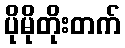
ပိုမိုတိုးတက်